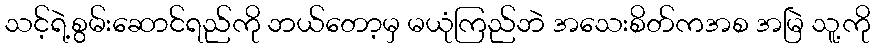
သင့်ရဲ့စွမ်းဆောင်ရည်ကို ဘယ်တော့မှ မယုံကြည်ဘဲ အသေးစိတ်ကအစ အမြဲ သူ့ကို